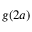
g ( 2 a )